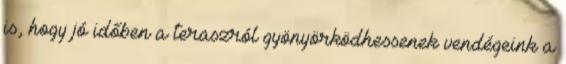
is, hogy jó időben a teraszról gyönyörködhessenek vendégeink a